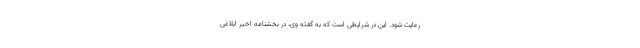
رعایت شود. این در شرایطی است که به گفته وی، در بخشنامه اخیر ابلاغی